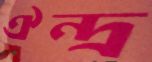
ঐন্দ্র